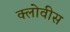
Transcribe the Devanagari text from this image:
क्लोवीस